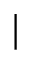
\mid